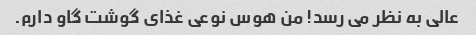
عالی به نظر می رسد! من هوس نوعی غذای گوشت گاو دارم.